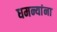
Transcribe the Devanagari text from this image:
धमन्यांना